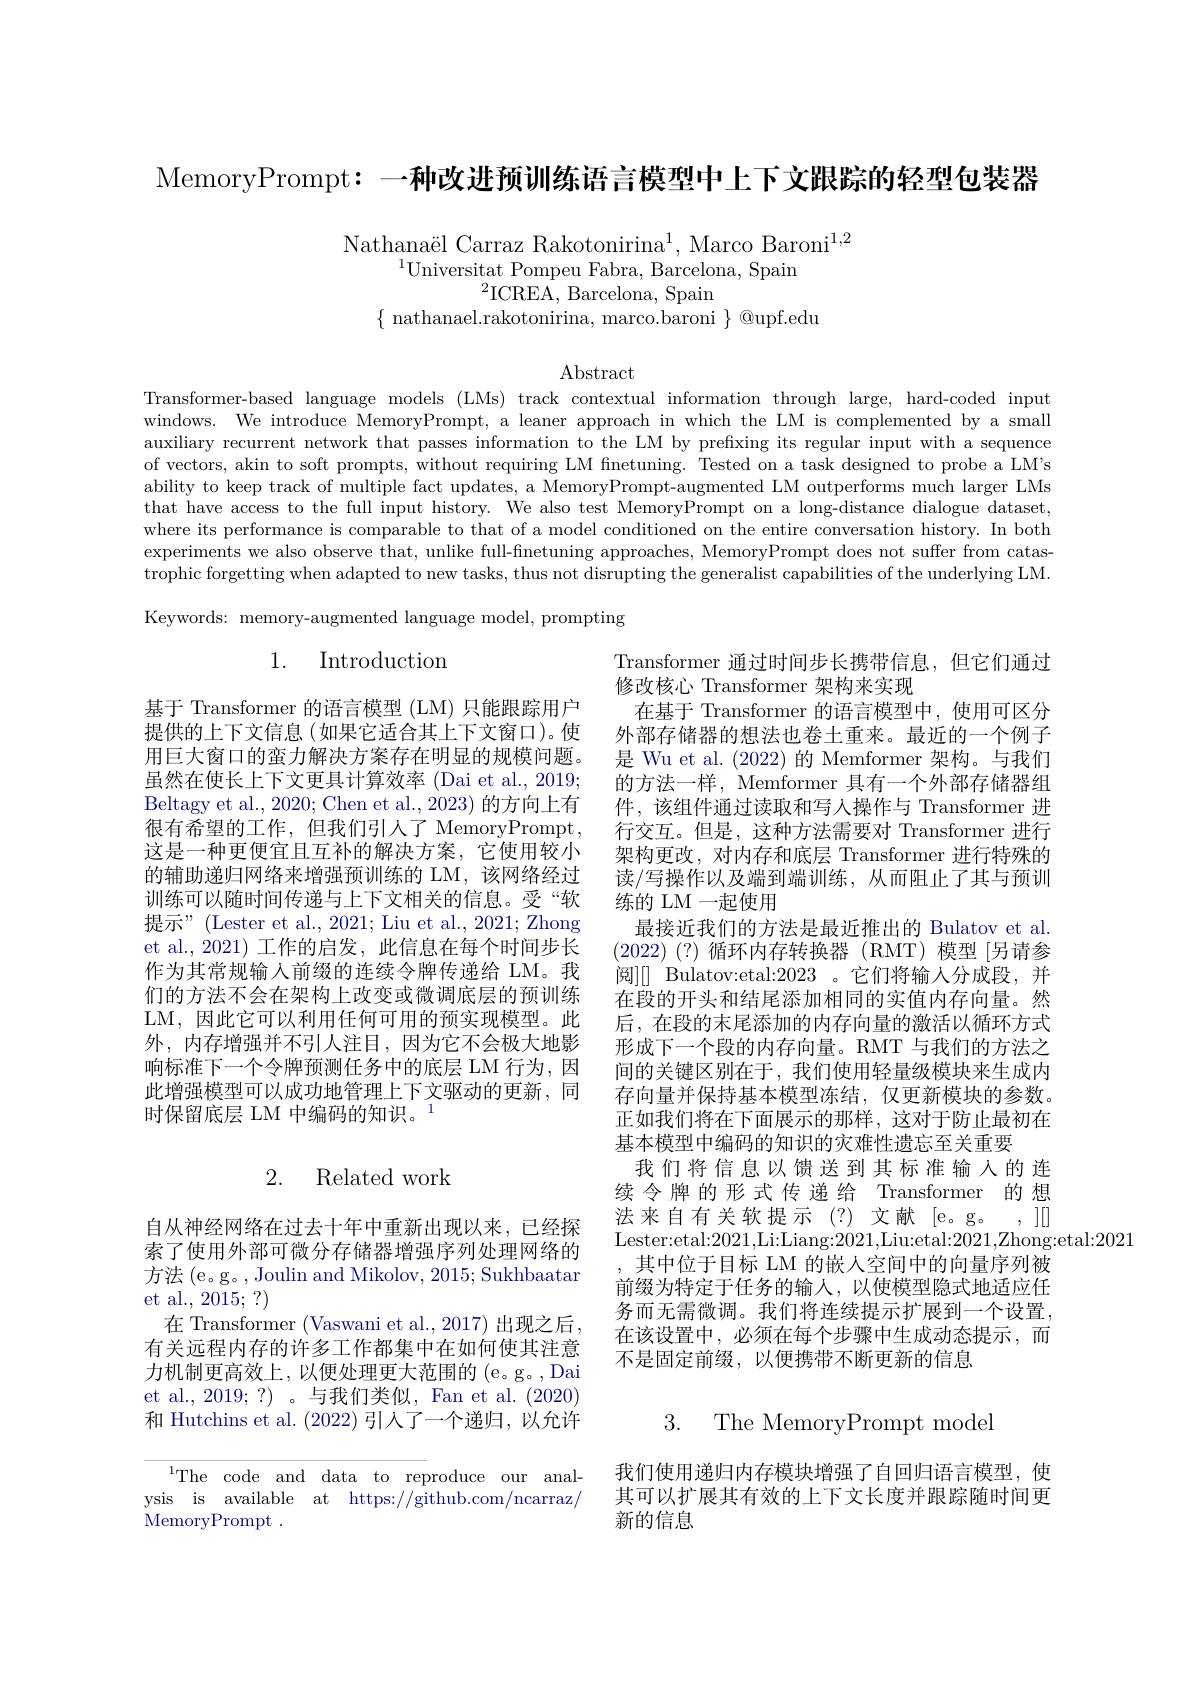
MemoryPrompt: 一种改进预训练语言模型中上下文跟踪的轻型包装器

Nathanaël Carraz Rakotonirina$^1$, Marco Baroni$^{1,2}$
$^{1}\underset{a}{\operatorname*{\text{Universitat Pompeu Fabra, Barcelona, Spain}}}$
${}^{2}$ICREA, Barcelona, Spain
$\{\begin{array}{cc}\text{nathanael.rakotonirina, marco.baroni}\end{array}\}\begin{array}{c}\text{@upf.edu}\\\end{array}$

$\operatorname{Abstract}$

Transformer-based language models (LMs) track contextual information through large, hard-coded input windows. We introduce MemoryPrompt, a leaner approach in which the LM is complemented by a small auxiliary recurrent network that passes information to the LM by prefixing its regular input with a sequence of vectors, akin to soft prompts, without requiring LM finetuning. Tested on a task designed to probe a LM's ability to keep track of multiple fact updates, a MemoryPrompt-augmented LM outperforms much larger LMs that have access to the full input history. We also test MemoryPrompt on a long-distance dialogue dataset, where its performance is comparable to that of a model conditioned on the entire conversation history. In both experiments we also observe that, unlike full-finetuning approaches, MemoryPrompt does not suffer from catastrophic forgetting when adapted to new tasks, thus not disrupting the generalist capabilities of the underlying LM Keywords: memory-augmented language model, prompting

1. Introduction

基于 Transformer 的语言模型 (LM) 只能跟踪用户提供的上下文信息(如果它适合其上下文窗口)。使用巨大窗口的蛮力解决方案存在明显的规模问题。虽然在使长上下文更具计算效率 (Dai et al., 2019; Beltagy et al., 2020; Chen et al., 2023) 的方向上有很有希望的工作，但我们引人了 MemoryPrompt, 这是一种更便宜且互补的解决方案，它使用较小的辅助递归网络来增强预训练的 LM,该网络经过训练可以随时间传递与上下文相关的信息。受“软提示”(Lester et al.,2021; Liu et al.,2021; Zhong et al.,2021) 工作的启发，此信息在每个时间步长作为其常规输入前缀的连续令牌传递给 LM。我们的方法不会在架构上改变或微调底层的预训练LM,因此它可以利用任何可用的预实现模型。此外，内存增强并不引人注目，因为它不会极大地影响标准下一个令牌预测任务中的底层 LM 行为，因此增强模型可以成功地管理上下文驱动的更新，同时保留底层 LM 中编码的知识。$^{1}$

Transformer 通过时间步长携带信息，但它们通过
修改核心 Transformer 架构来实现
在基于 Transformer 的语言模型中，使用可区分外部存储器的想法也卷土重来。最近的一个例子是 Wu et al. (2022) 的 Memformer 架构。与我们的方法一样，Memformer 具有一个外部存储器组件，该组件通过读取和写人操作与 Transformer 进行交互。但是，这种方法需要对 Transformer 进行架构更改，对内存和底层 Transformer 进行特殊的读/写操作以及端到端训练，从而阻止了其与预训练的 LM 一起使用
最接近我们的方法是最近推出的 Bulatov et al. (2022)(?)循环内存转换器(RMT)模型[另请参阅][ Bulatov:etal:2023 。它们将输人分成段，并在段的开头和结尾添加相同的实值内存向量。然后，在段的末尾添加的内存向量的激活以循环方式形成下一个段的内存向量。RMT 与我们的方法之间的关键区别在于，我们使用轻量级模块来生成内存向量并保持基本模型冻结，仅更新模块的参数。正如我们将在下面展示的那样，这对于防止最初在基本模型中编码的知识的灾难性遗忘至关重要
我们将信息以馈送到其标准输入的连续令牌的形式传递给 Transformer 的想法来自有关软提示(?)文献[e。g。,][] Lester:etal:2021,Li:Liang:2021,Liu:etal:2021,Zhong:etal:2021
其中位于目标 LM 的嵌人空间中的向量序列被前缀为特定于任务的输入，以使模型隐式地适应任务而无需微调。我们将连续提示扩展到一个设置， 在该设置中，必须在每个步骤中生成动态提示，而不是固定前缀，以便携带不断更新的信息

## 2. Related work

自从神经网络在过去十年中重新出现以来，已经探索了使用外部可微分存储器增强序列处理网络的方法 (e。g。, Joulin and Mikolov, 2015; Sukhbaatar et al., 2015; ?)
在 Transformer (Vaswani et al., 2017) 出现之后， 有关远程内存的许多工作都集中在如何使其注意力机制更高效上，以便处理更大范围的 (e。g。,Dai et al., 2019; ?) 。与我们类似，Fan et al. (2020) 和 Hutchins et al. (2022)引人了一个递归，以允许

3. The MemoryPrompt model

我们使用递归内存模块增强了自回归语言模型，使其可以扩展其有效的上下文长度并跟踪随时间更新的信息

$^{1}$The code and data to reproduce our analysis is available at https://github.com/ncarraz/ MemoryPrompt.